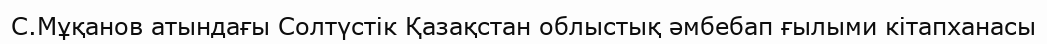
С.Мұқанов атындағы Солтүстік Қазақстан облыстық әмбебап ғылыми кітапханасы